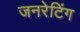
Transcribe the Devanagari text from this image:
जनरेटिंग